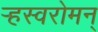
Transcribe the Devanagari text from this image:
र्‍हस्वरोमन्